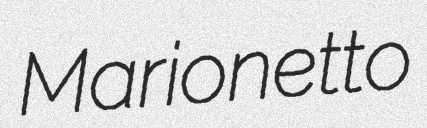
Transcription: Marionetto